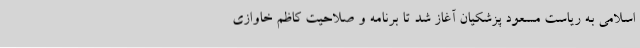
اسلامی به ریاست مسعود پزشکیان آغاز شد تا برنامه و صلاحیت کاظم خاوازی